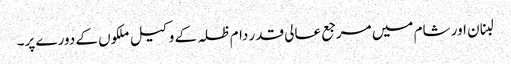
لبنان اور شام میں مرجع عالی قدر دام ظلہ کے وکیل ملکوں کے دورے پر۔